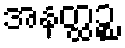
အနတ္ထဉ္စ